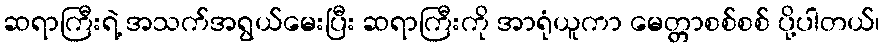
ဆရာကြီးရဲ့ အသက်အရွယ်မေးပြီး ဆရာကြီးကို အာရုံယူကာ မေတ္တာစစ်စစ် ပို့ပါတယ်၊